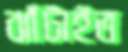
ঝাঁটাইত